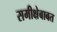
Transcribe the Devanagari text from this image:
समीक्षेबाबत